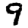
Digit: 9